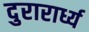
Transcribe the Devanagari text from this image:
दुरारार्ध्य